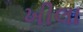
ખીલા